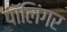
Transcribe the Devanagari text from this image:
पॉलिंगर